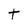
Character: t